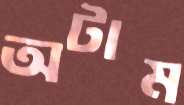
অটাম